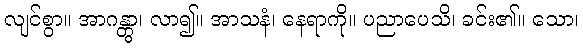
လျင်စွာ။ အာဂန္တွာ၊ လာ၍။ အာသနံ၊ နေရာကို။ ပညာပေသိ၊ ခင်း၏။ သော၊